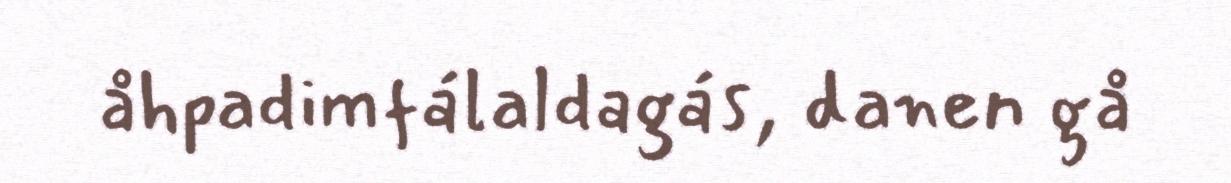
åhpadimfálaldagás, danen gå